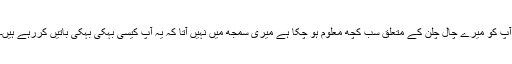
آپ کو میرے چال چلن کے متعلق سب کچھ معلوم ہو چکا ہے میری سمجھ میں نہیں آتا کہ یہ آپ کیسی بہکی بہکی باتیں کررہے ہیں۔